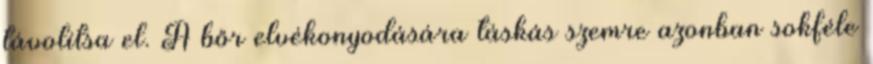
távolítsa el. A bőr elvékonyodására táskás szemre azonban sokféle